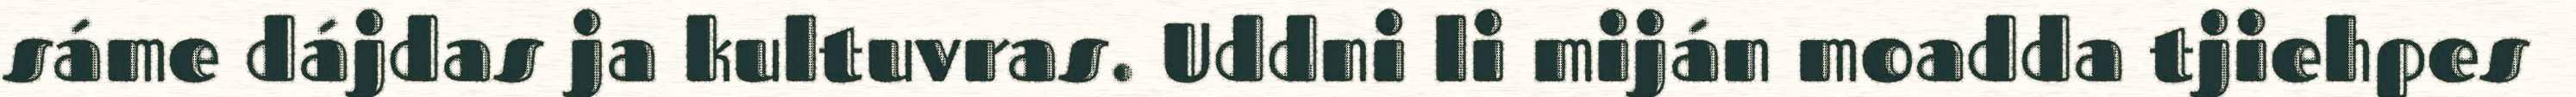
sáme dájdas ja kultuvras. Uddni li miján moadda tjiehpes